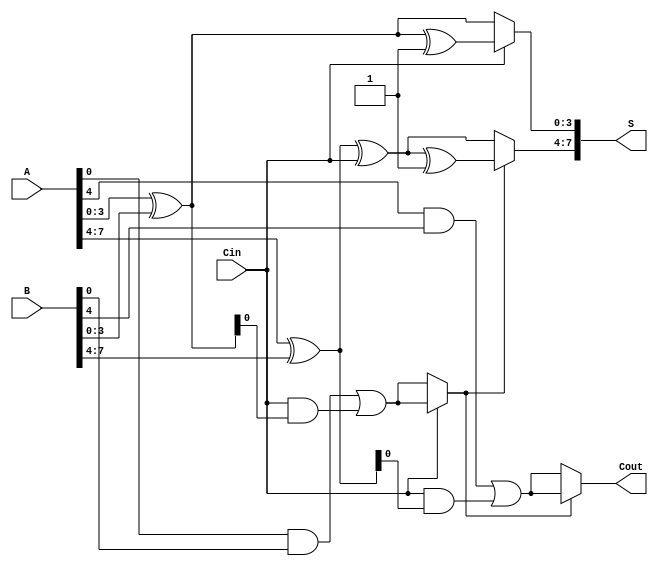
module CCSLA (
    input [7:0] A,      // 8-bit input A
    input [7:0] B,      // 8-bit input B
    input Cin,          // Carry-in
    output [7:0] S,     // 8-bit sum output
    output Cout         // Carry-out
);

    // Internal wires for partial sums and carries
    wire [3:0] S0_0, S1_0, S0_1, S1_1; // Partial sums for each block
    wire C0_0, C0_1, C1_0, C1_1;       // Carry outputs for each block
    wire carry_select_0, carry_select_1; // Carry selection signals

    // Block 0 (LSB)
    assign S0_0 = A[3:0] ^ B[3:0]; // Sum when Cin = 0
    assign C0_0 = (A[3:0] & B[3:0]) | (Cin & (A[3:0] ^ B[3:0])); // Carry-out when Cin = 0

    assign S1_0 = S0_0 ^ 4'b0001; // Sum when Cin = 1
    assign C1_0 = (A[3:0] & B[3:0]) | ((A[3:0] ^ B[3:0]) & Cin); // Carry-out when Cin = 1

    // Block 1 (MSB)
    assign S0_1 = A[7:4] ^ B[7:4] ^ Cin; // Sum when Cin = 0
    assign C0_1 = (A[7:4] & B[7:4]) | (Cin & (A[7:4] ^ B[7:4])); // Carry-out when Cin = 0

    assign S1_1 = S0_1 ^ 4'b0001; // Sum when Cin = 1
    assign C1_1 = (A[7:4] & B[7:4]) | ((A[7:4] ^ B[7:4]) & Cin); // Carry-out when Cin = 1

    // Carry selection logic
    assign carry_select_0 = Cin ? C1_0 : C0_0; // Select carry-out for block 0
    assign carry_select_1 = carry_select_0 ? C1_1 : C0_1; // Select carry-out for block 1

    // Final sum output
    assign S[3:0] = Cin ? S1_0 : S0_0; // Select sum for block 0
    assign S[7:4] = carry_select_0 ? S1_1 : S0_1; // Select sum for block 1

    // Final carry-out
    assign Cout = carry_select_1;

endmodule